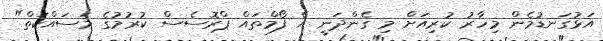
އަޅުގަނޑުމެން މިހާރު ކުރިއަށް މި ގެންދަނީ އެ ފޯމްތައް ޕްރޮސެސް ކުރުމުގެ މަސައްކަތް"